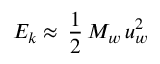
E _ { k } \approx \, \frac { 1 } { 2 } \, M _ { w } \, u _ { w } ^ { 2 }